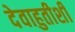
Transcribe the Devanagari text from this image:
देवाहुतीशी